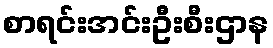
စာရင်းအင်းဦးစီးဌာန